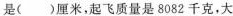
是()厘米，起飞质量是8082千克，大